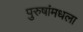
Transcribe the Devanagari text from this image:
पुरुषांमधला